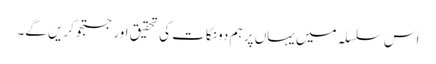
اس سلسلہ میں یہاں پر ہم دو نکات کی تحقیق اور جستجوکریں گے۔